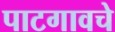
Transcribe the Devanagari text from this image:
पाटगावचे